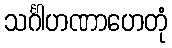
သင်္ဂါဟဏာဟေတုံ